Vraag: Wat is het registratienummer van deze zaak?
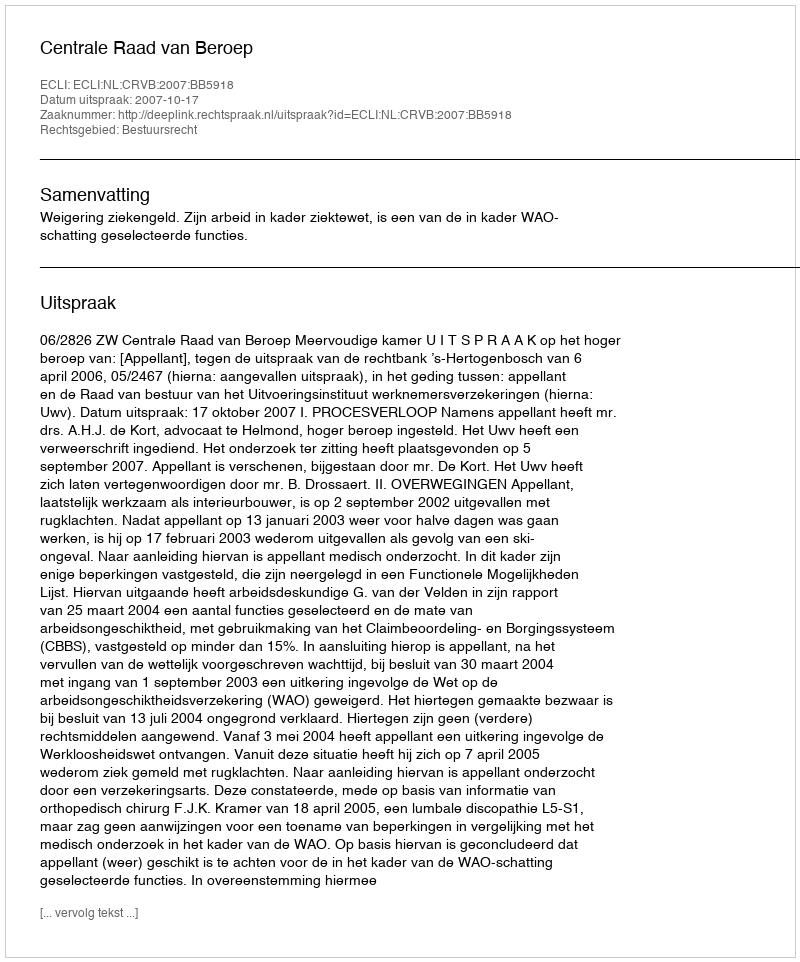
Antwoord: http://deeplink.rechtspraak.nl/uitspraak?id=ECLI:NL:CRVB:2007:BB5918